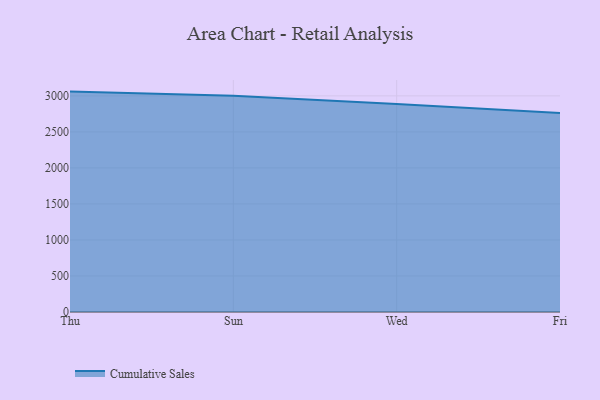
{"axis": {"x": "Day", "y": "Demand Index"}, "legend": ["Cumulative Sales"], "data": [{"x": "Thu", "y": 3059.4, "type": "Cumulative Sales"}, {"x": "Sun", "y": 3002.7, "type": "Cumulative Sales"}, {"x": "Wed", "y": 2887.6, "type": "Cumulative Sales"}, {"x": "Fri", "y": 2761.3, "type": "Cumulative Sales"}]}